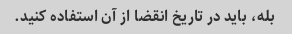
بله، باید در تاریخ انقضا از آن استفاده کنید.